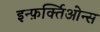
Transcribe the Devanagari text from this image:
इन्फ़र्क्तिओन्स